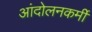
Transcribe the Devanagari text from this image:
आंदोलनकर्मी